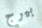
بيرج